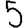
Digit: 5